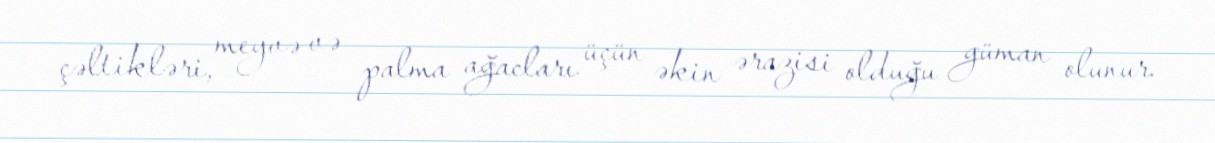
çəltikləri, meyvə və palma ağacları üçün əkin ərazisi olduğu güman olunur.